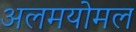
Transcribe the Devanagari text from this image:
अलमयोमल